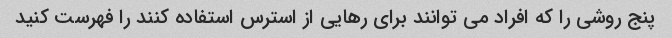
پنج روشی را که افراد می توانند برای رهایی از استرس استفاده کنند را فهرست کنید